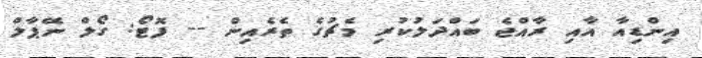
އިންޑިއާ އާއި ރާއްޖެ ބައްދަލުކުރި މެޗުގެ ތެރެއިން -- ފޮޓޯ: ގޯލް ނޭޕާލް